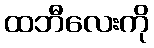
ထဘီလေးကို